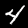
Digit: 4